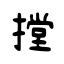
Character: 摚